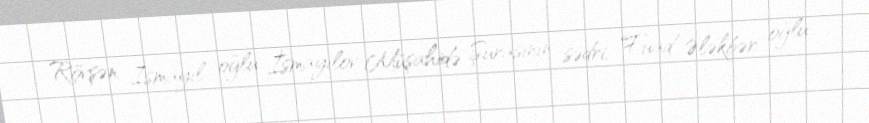
Rövşən İsmayıl oğlu İsmayılov Müşahidə Şurasının sədri, Fuad Ələkbər oğlu